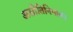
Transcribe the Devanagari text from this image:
असीतिनिपात।